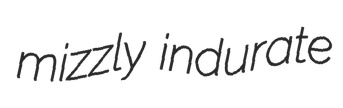
mizzly indurate